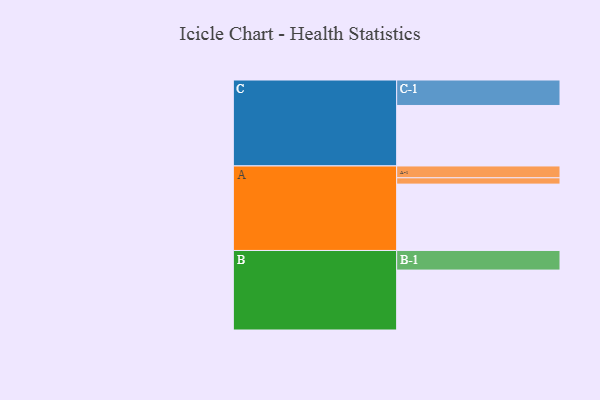
{"axis": {"x": "Segment", "y": "Value"}, "legend": ["", "A", "B", "C"], "data": [{"x": "A", "y": 599, "type": ""}, {"x": "B", "y": 541, "type": ""}, {"x": "C", "y": 546, "type": ""}, {"x": "A-1", "y": 107, "type": "A"}, {"x": "A-2", "y": 57, "type": "A"}, {"x": "B-1", "y": 177, "type": "B"}, {"x": "C-1", "y": 230, "type": "C"}]}